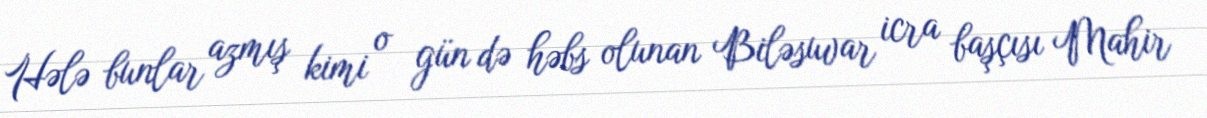
Hələ bunlar azmış kimi o gün də həbs olunan Biləsuvar icra başçısı Mahir